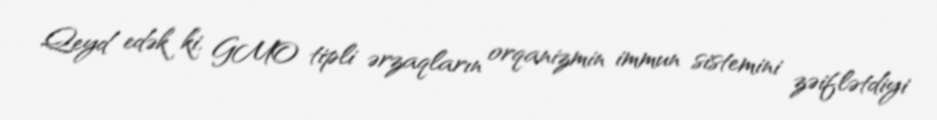
Qeyd edək ki, GMO tipli ərzaqların orqanizmin immun sistemini zəiflətdiyi